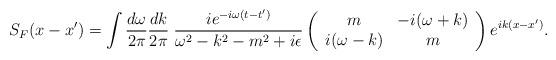
LaTeX: \begin{align*}S_F(x-x')= \int \frac{d\omega}{2\pi} \frac{dk}{2\pi}\; \frac{i e^{-i\omega (t -t')}}{\omega{}^2 - k{}^2 - m^2 + i\epsilon} \left( \begin{array}{cc} m & -i(\omega +k) \\ i(\omega -k) & m \\ \end{array} \right) e^{ik(x -x')}.\end{align*}